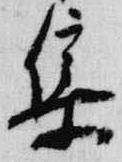
集